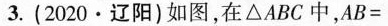
3.(2020·辽阳)如图，在△ABC中，$$A B =